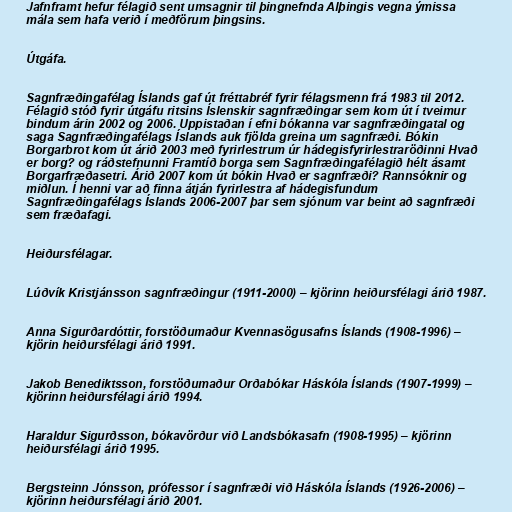
Jafnframt hefur félagið sent umsagnir til þingnefnda Alþingis vegna ýmissa
mála sem hafa verið í meðförum þingsins.

Útgáfa.

Sagnfræðingafélag Íslands gaf út fréttabréf fyrir félagsmenn frá 1983 til 2012.
Félagið stóð fyrir útgáfu ritsins Íslenskir sagnfræðingar sem kom út í tveimur
bindum árin 2002 og 2006. Uppistaðan í efni bókanna var sagnfræðingatal og
saga Sagnfræðingafélags Íslands auk fjölda greina um sagnfræði. Bókin
Borgarbrot kom út árið 2003 með fyrirlestrum úr hádegisfyrirlestraröðinni Hvað
er borg? og ráðstefnunni Framtíð borga sem Sagnfræðingafélagið hélt ásamt
Borgarfræðasetri. Árið 2007 kom út bókin Hvað er sagnfræði? Rannsóknir og
miðlun. Í henni var að finna átján fyrirlestra af hádegisfundum
Sagnfræðingafélags Íslands 2006-2007 þar sem sjónum var beint að sagnfræði
sem fræðafagi.

Heiðursfélagar.

Lúðvík Kristjánsson sagnfræðingur (1911-2000) – kjörinn heiðursfélagi árið 1987.

Anna Sigurðardóttir, forstöðumaður Kvennasögusafns Íslands (1908-1996) –
kjörin heiðursfélagi árið 1991.

Jakob Benediktsson, forstöðumaður Orðabókar Háskóla Íslands (1907-1999) –
kjörinn heiðursfélagi árið 1994.

Haraldur Sigurðsson, bókavörður við Landsbókasafn (1908-1995) – kjörinn
heiðursfélagi árið 1995.

Bergsteinn Jónsson, prófessor í sagnfræði við Háskóla Íslands (1926-2006) –
kjörinn heiðursfélagi árið 2001.